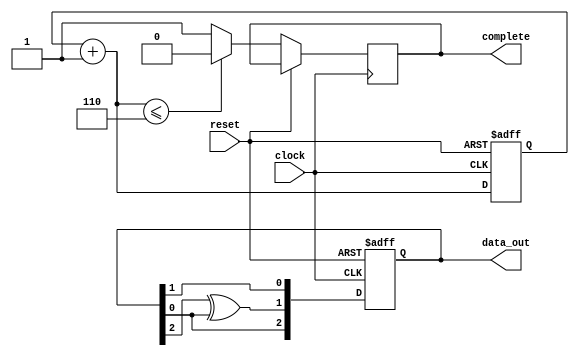
`timescale 1ns / 1ps


module LFSR(data_out, complete, reset, clock);
   input reset;
   input clock;
   output [0:2] data_out;
   output reg  complete; 
   reg [0:2] lfsr_reg;		
   reg [2:0] counter;

   always@(posedge clock or posedge reset) begin
      if(reset == 1) begin
         lfsr_reg <= 9'b001;   
         counter <= 3'b000;  
      end
      else begin
         lfsr_reg[0] <= lfsr_reg[2];
         lfsr_reg[1] <= lfsr_reg[0] ^ lfsr_reg[2];
         lfsr_reg[2] <= lfsr_reg[1];
         counter = counter + 1;
         if(counter <= 3'b110) begin 
            complete = 0;
         end
         else begin
            complete = 1; 
         end
      end
   end
   assign data_out = lfsr_reg;  
endmodule